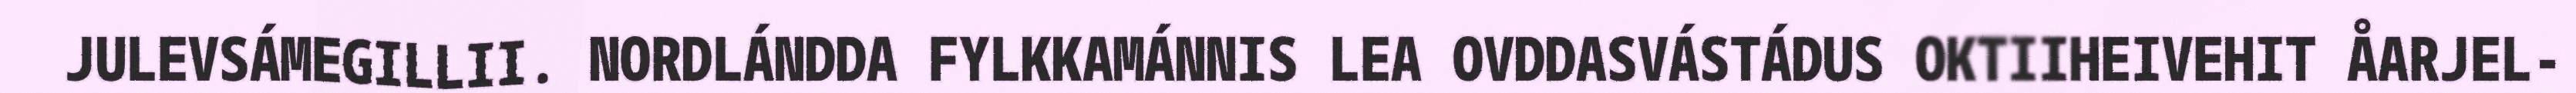
JULEVSÁMEGILLII. NORDLÁNDDA FYLKKAMÁNNIS LEA OVDDASVÁSTÁDUS OKTIIHEIVEHIT ÅARJEL-